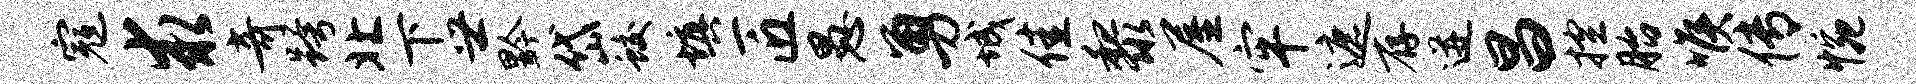
寇求奇跨北下世黔岱蛟填匠愚勇城佳黎屋牢遮存迸昌控胎喉传惋